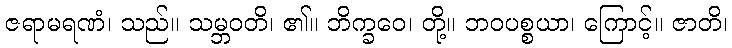
ဇရာမရဏံ၊ သည်။ သမ္ဘဝတိ၊ ၏။ ဘိက္ခဝေ၊ တို့။ ဘဝပစ္စယာ၊ ကြောင့်။ ဇာတိ၊